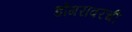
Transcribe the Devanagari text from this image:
डोंगरावरची